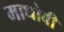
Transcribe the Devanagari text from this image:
माधोबी